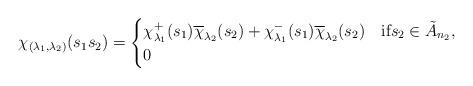
LaTeX: \begin{align*}\chi_{(\lambda_1,\lambda_2)}(s_1s_2)=\begin{cases}\chi^+_{\lambda_1}(s_1)\overline{\chi}_{\lambda_2}(s_2)+\chi^-_{\lambda_1}(s_1)\overline{\chi}_{\lambda_2}(s_2)&\text{if}s_2\in\tilde{A}_{n_2},\\0&\end{cases}\end{align*}